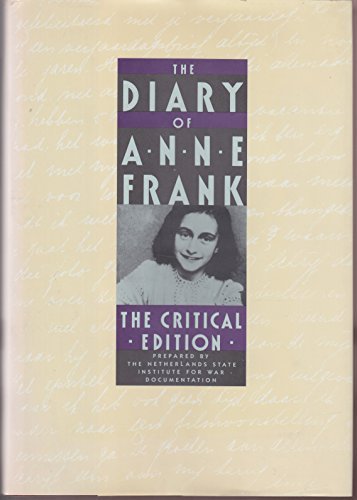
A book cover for The Diary of Anne Frank: The Critical Edition; Anne Frank; Biographies & Memoirs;